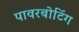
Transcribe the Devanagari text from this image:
पावरबोटिंग